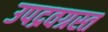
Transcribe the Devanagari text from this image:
उपद्रवग्रस्त